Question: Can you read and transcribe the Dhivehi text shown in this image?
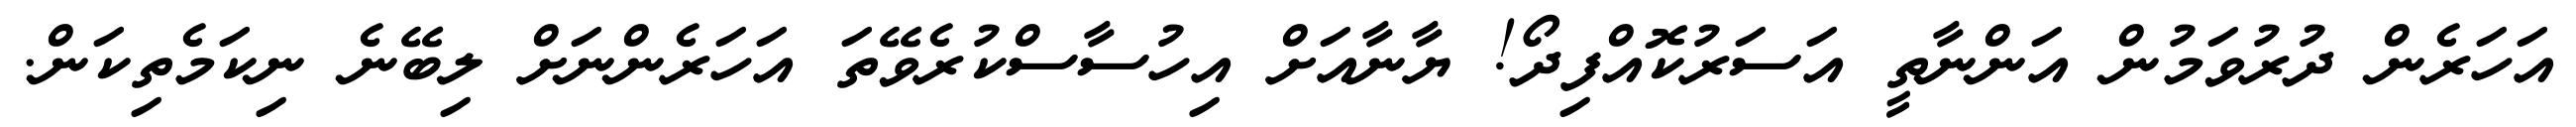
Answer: އަހަރެން ދުރުވަމުން އަންނާތީ އަސަރުކޮއްފިދޯ! ޔާނާއަށް އިހުސާސްކުރެވޭތަ އަހަރެންނަށް ލިބޭނެ ނިކަމެތިކަން.